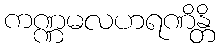
ကဏ္ဏမလဟရဏိန္တိ